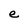
Character: e